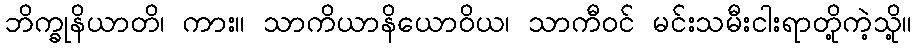
ဘိက္ခုနိယာတိ၊ ကား။ သာကိယာနိယောဝိယ၊ သာကီဝင် မင်းသမီးငါးရာတို့ကဲ့သို့။